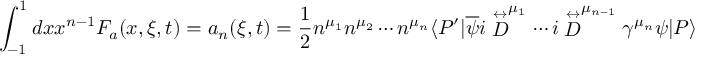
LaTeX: \int _ { - 1 } ^ { 1 } d x x ^ { n - 1 } F _ { a } ( x , \xi , t ) = a _ { n } ( \xi , t ) = { \frac { 1 } { 2 } } n ^ { \mu _ { 1 } } n ^ { \mu _ { 2 } } \cdots n ^ { \mu _ { n } } \langle P ^ { \prime } | \overline { { \psi } } i \stackrel { \leftrightarrow } { D } ^ { \mu _ { 1 } } \cdots i \stackrel { \leftrightarrow } { D } ^ { \mu _ { n - 1 } } \gamma ^ { \mu _ { n } } \psi | P \rangle .